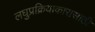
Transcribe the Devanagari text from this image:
लघुप्रक्रियाकारासाठी